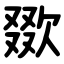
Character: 欼